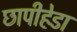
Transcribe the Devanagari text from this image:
छापीहेडा